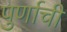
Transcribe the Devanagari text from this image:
पुर्णाची